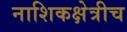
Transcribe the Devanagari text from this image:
नाशिकक्षेत्रीच